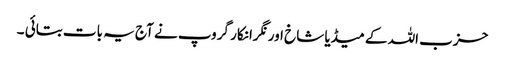
حزب اللہ کے میڈیا شاخ اور نگرانکار گروپ نے آج یہ بات بتائی ۔